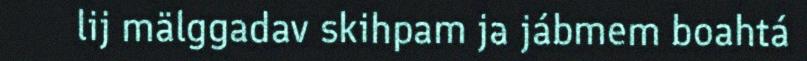
lij mälggadav skihpam ja jábmem boahtá